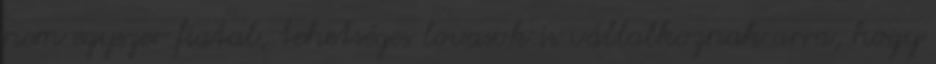
nem egyszer fiatal, tehetséges lovasok is vállalkoznak arra, hogy